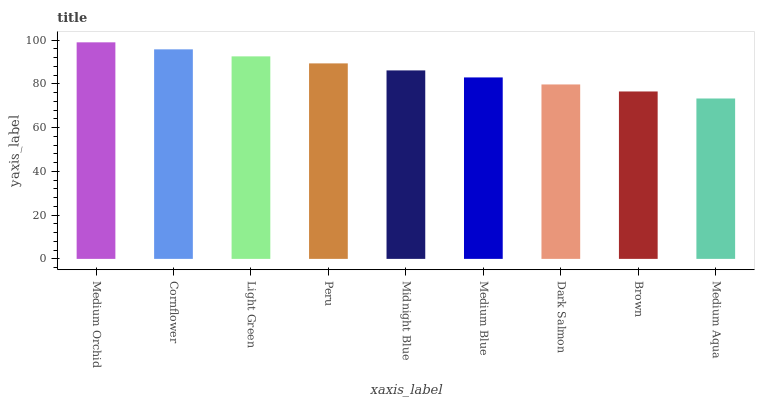
| xaxis_label | bars |
 | --- | --- |
 | Medium Orchid | 99 |
 | Cornflower | 95.8 |
 | Light Green | 92.6 |
 | Peru | 89.4 |
 | Midnight Blue | 86.2 |
 | Medium Blue | 83 |
 | Dark Salmon | 79.7 |
 | Brown | 76.5 |
 | Medium Aqua | 73.3 |